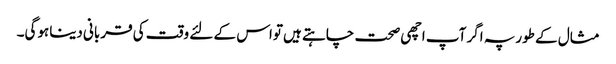
مثال کے طورپہ اگر آپ اچھی صحت چاہتے ہیں تواس کے لئے وقت کی قربانی دیناہوگی۔